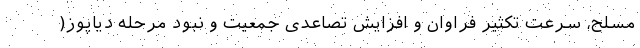
مسلح، سرعت تکثیر فراوان و افزایش تصاعدی جمعیت و نبود مرحله دیاپوز(